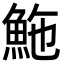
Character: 䰿